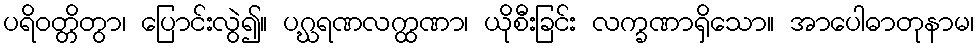
ပရိဝတ္တိတွာ၊ ပြောင်းလွဲ၍။ ပဂ္ဃရဏလက္ထဏာ၊ ယိုစီးခြင်း လက္ခဏာရှိသော။ အာပေါဓာတုနာမ၊